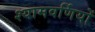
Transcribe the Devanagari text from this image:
श्यामवर्णियों